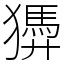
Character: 㺛